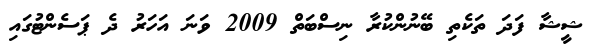
ޝީޝާ ފަދަ ތަކެތި ބޭނުންކުރާ ނިސްބަތް 2009 ވަނަ އަހަރު ދެ ޕަސެންޓުގައި